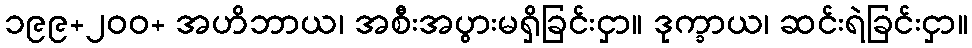
၁၉၉+၂၀၀+ အဟိဘာယ၊ အစီးအပွားမရှိခြင်းငှာ။ ဒုက္ခာယ၊ ဆင်းရဲခြင်းငှာ။